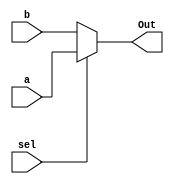
module Mux_2 #(parameter input_size=16) (sel,a,b,Out);
	input sel;
	input [input_size-1:0] a,b;
	output [input_size-1:0] Out;
	
	assign Out = sel ? a :b;
	
	
endmodule